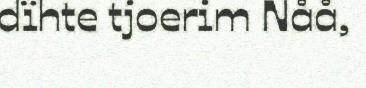
dïhte tjoerim Nåå,